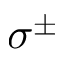
\sigma ^ { \pm }